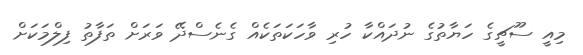
މިއީ ސޫޗީގެ ހަޔާތުގެ ނުދައްކާ ހުރި ވާހަކަތަކެއް ގެނެސްދޭ ވަރަށް ތަފާތު ފިލްމަކަށް